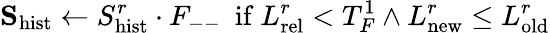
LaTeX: \mathbf{S}_{\mathrm{hist}}\leftarrow S_{\mathrm{hist}}^{r}\cdot F_{--}\ \ \mathrm{if}\ L_{\mathrm{rel}}^{r}<T_{F}^{1}\land L_{\mathrm{new}}^{r}\leq L_{\mathrm{old}}^{r}